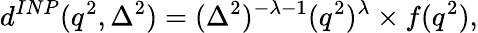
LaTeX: d^{INP}(q^{2},\Delta^{2})=(\Delta^{2})^{-\lambda-1}(q^{2})^{\lambda}\times f(q^{2}),